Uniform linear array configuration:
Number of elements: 12
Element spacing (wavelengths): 0.5
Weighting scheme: exponential
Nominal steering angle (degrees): -15
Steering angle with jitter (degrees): -13.095
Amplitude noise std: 0.05
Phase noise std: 0.05

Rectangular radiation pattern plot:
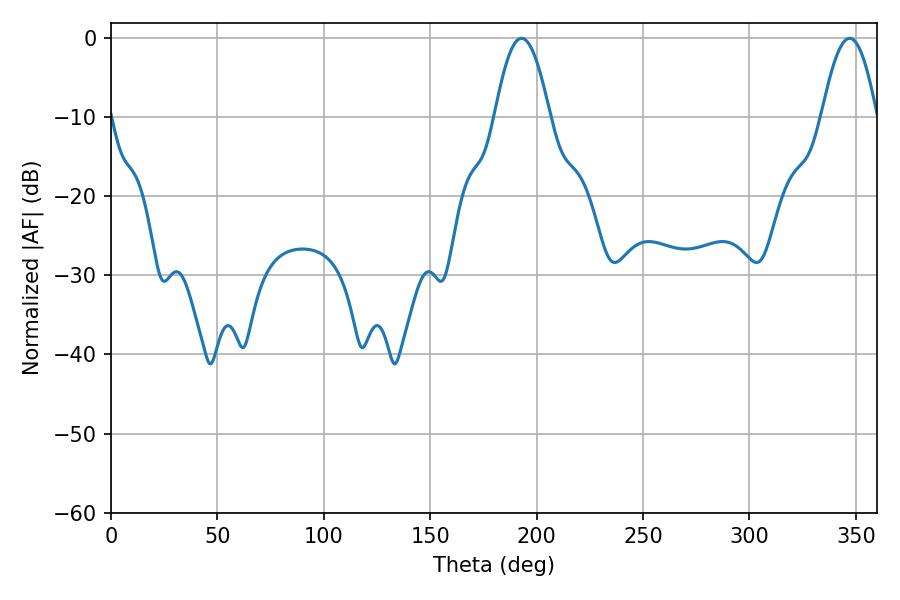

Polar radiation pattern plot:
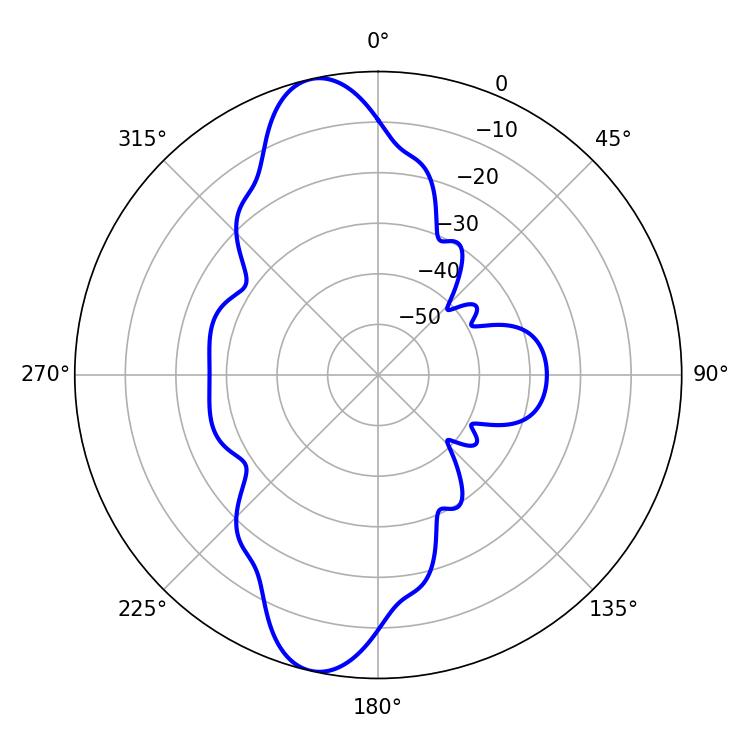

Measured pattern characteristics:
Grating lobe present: FALSE
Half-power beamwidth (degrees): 14.04
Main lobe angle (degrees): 347.04